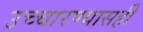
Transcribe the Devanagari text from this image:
उच्चारण्यासही